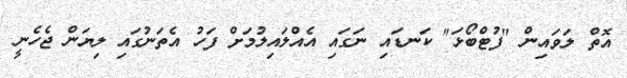
އޮތް ލަވައިން "ފުޓްބޯޅަ" ކަނޑައި ނަގައި އެއްލައިލުމަށް ފަހު އެތަނުގައި ލިޔަން ޖެހެނީ